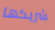
شريكها